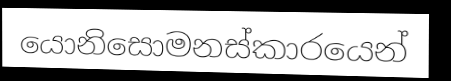
යොනිසොමනස්කාරයෙන්